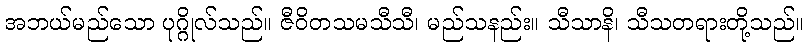
အဘယ်မည်သော ပုဂ္ဂိုလ်သည်။ ဇီဝိတသမသီသီ၊ မည်သနည်း။ သီသာနိ၊ သီသတရားတို့သည်။